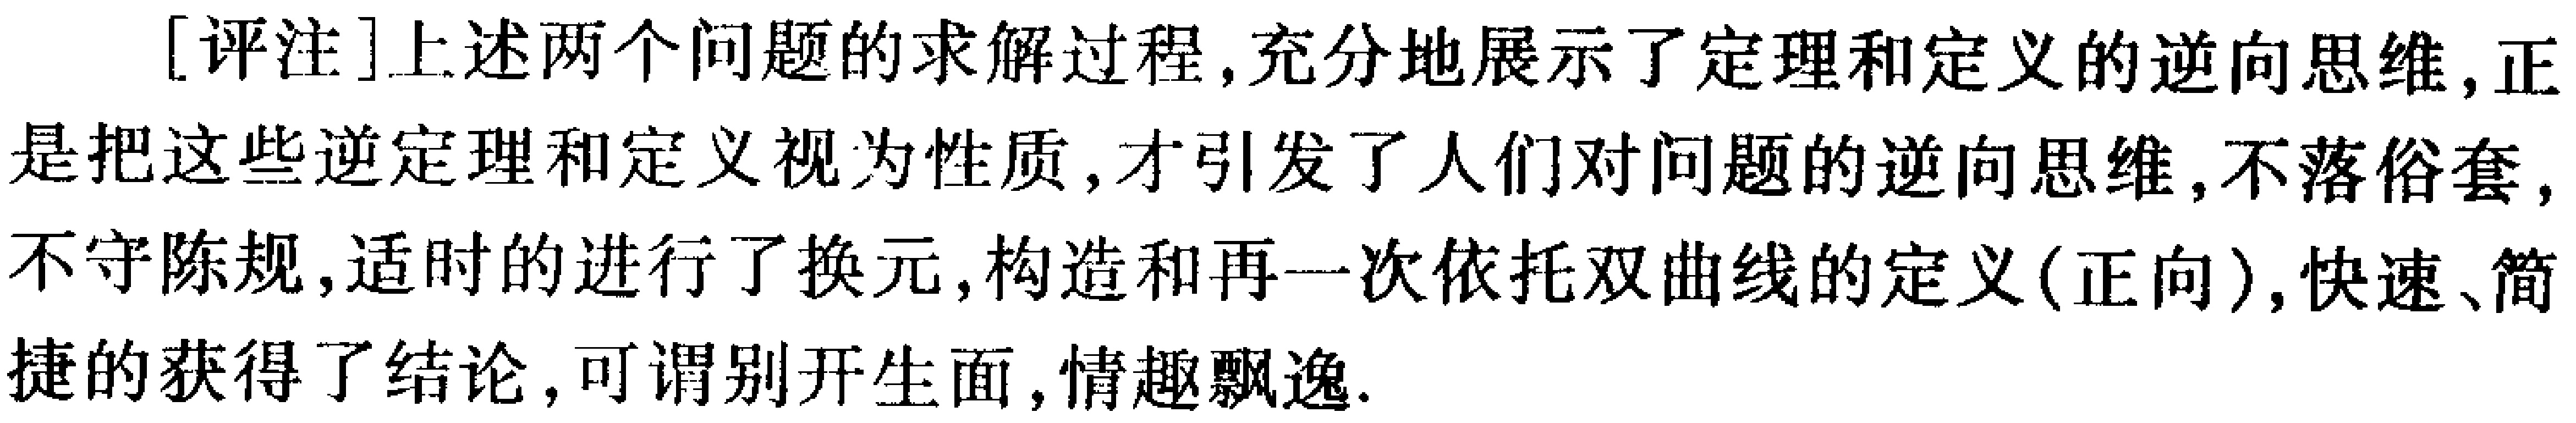
[评注]上述两个问题的求解过程,充分地展示了定理和定义的逆向思维,正是把这些逆定理和定义视为性质,才引发了人们对问题的逆向思维,不落俗套,不守陈规,适时的进行了换元,构造和再一次依托双曲线的定义(正向),快速、简捷的获得了结论,可谓别开生面,情趣飘逸.